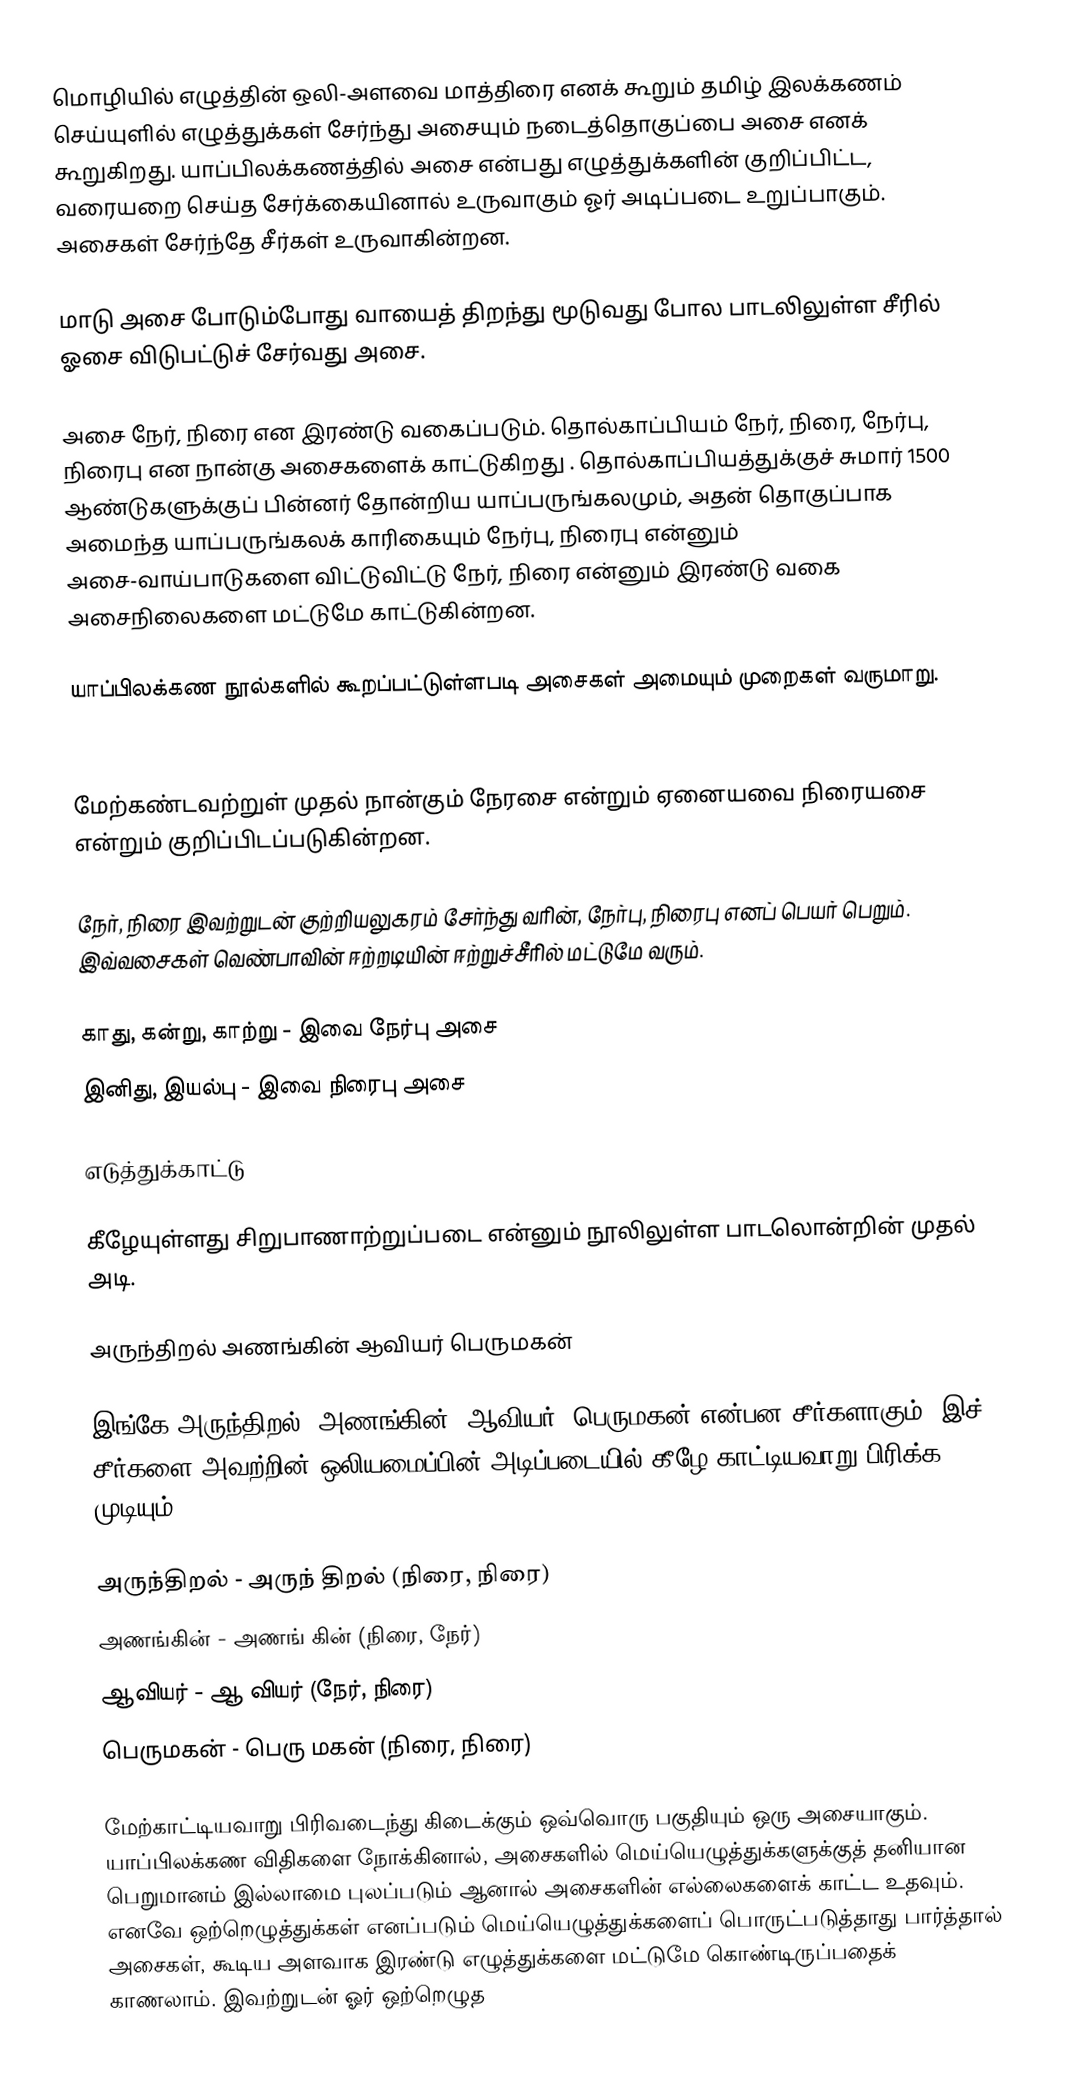
மொழியில் எழுத்தின் ஒலி-அளவை மாத்திரை எனக் கூறும் தமிழ் இலக்கணம் செய்யுளில் எழுத்துக்கள் சேர்ந்து அசையும் நடைத்தொகுப்பை அசை எனக் கூறுகிறது. யாப்பிலக்கணத்தில் அசை என்பது எழுத்துக்களின் குறிப்பிட்ட, வரையறை செய்த சேர்க்கையினால் உருவாகும் ஓர் அடிப்படை உறுப்பாகும். அசைகள் சேர்ந்தே சீர்கள் உருவாகின்றன.

மாடு அசை போடும்போது வாயைத் திறந்து மூடுவது போல பாடலிலுள்ள சீரில் ஓசை விடுபட்டுச் சேர்வது அசை.

அசை நேர், நிரை என இரண்டு வகைப்படும்.   தொல்காப்பியம் நேர், நிரை, நேர்பு, நிரைபு என நான்கு அசைகளைக் காட்டுகிறது . தொல்காப்பியத்துக்குச் சுமார் 1500 ஆண்டுகளுக்குப் பின்னர் தோன்றிய யாப்பருங்கலமும், அதன் தொகுப்பாக அமைந்த யாப்பருங்கலக் காரிகையும் நேர்பு, நிரைபு என்னும் அசை-வாய்பாடுகளை விட்டுவிட்டு நேர், நிரை என்னும் இரண்டு வகை அசைநிலைகளை மட்டுமே காட்டுகின்றன.

யாப்பிலக்கண நூல்களில் கூறப்பட்டுள்ளபடி அசைகள் அமையும் முறைகள் வருமாறு.

மேற்கண்டவற்றுள் முதல் நான்கும் நேரசை என்றும் ஏனையவை நிரையசை என்றும் குறிப்பிடப்படுகின்றன.

நேர், நிரை இவற்றுடன் குற்றியலுகரம் சேர்ந்து வரின், நேர்பு, நிரைபு எனப் பெயர் பெறும். இவ்வசைகள் வெண்பாவின் ஈற்றடியின் ஈற்றுச்சீரில் மட்டுமே வரும்.

 காது, கன்று, காற்று  - இவை நேர்பு அசை
 இனிது, இயல்பு - இவை நிரைபு அசை

எடுத்துக்காட்டு

கீழேயுள்ளது சிறுபாணாற்றுப்படை என்னும் நூலிலுள்ள பாடலொன்றின் முதல் அடி.

 அருந்திறல் அணங்கின் ஆவியர் பெருமகன்

இங்கே அருந்திறல், அணங்கின், ஆவியர், பெருமகன் என்பன சீர்களாகும். இச் சீர்களை அவற்றின் ஒலியமைப்பின் அடிப்படையில் கீழே காட்டியவாறு பிரிக்க முடியும்.

 அருந்திறல் - அருந் திறல் (நிரை, நிரை)
 அணங்கின் - அணங் கின் (நிரை, நேர்)
 ஆவியர் - ஆ வியர் (நேர், நிரை)
 பெருமகன் - பெரு மகன் (நிரை, நிரை)

மேற்காட்டியவாறு பிரிவடைந்து கிடைக்கும் ஒவ்வொரு பகுதியும் ஒரு அசையாகும். யாப்பிலக்கண விதிகளை நோக்கினால், அசைகளில் மெய்யெழுத்துக்களுக்குத் தனியான பெறுமானம் இல்லாமை புலப்படும் ஆனால் அசைகளின் எல்லைகளைக் காட்ட உதவும். எனவே ஒற்றெழுத்துக்கள் எனப்படும் மெய்யெழுத்துக்களைப் பொருட்படுத்தாது பார்த்தால் அசைகள், கூடிய அளவாக இரண்டு எழுத்துக்களை மட்டுமே கொண்டிருப்பதைக் காணலாம். இவற்றுடன் ஓர் ஒற்றெழுத